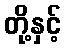
တို့နှင့်